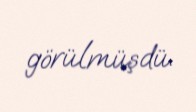
görülmüşdü.